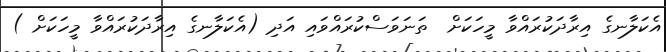
އެކަލާނގެ އިރާދަކުރައްވާ މީހަކަށް  ތަނަވަސްކުރައްވައި އަދި (އެކަލާނގެ އިރާދަކުރައްވާ މީހަކަށް )